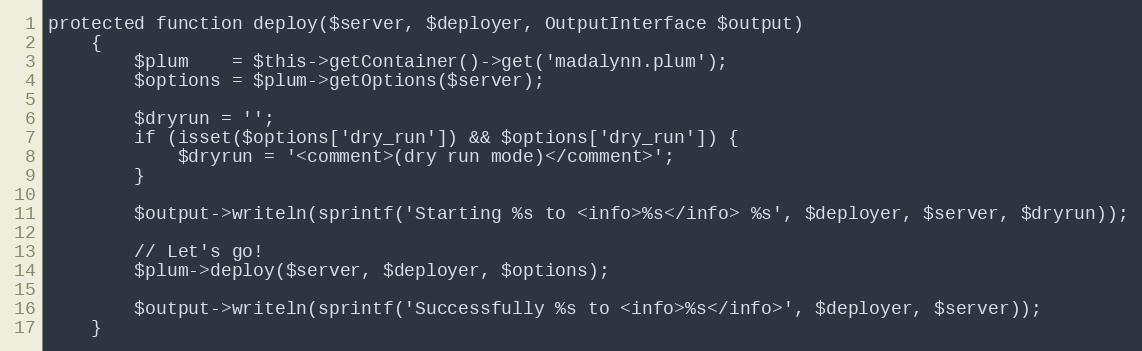
Language: PHP
protected function deploy($server, $deployer, OutputInterface $output)
    {
        $plum    = $this->getContainer()->get('madalynn.plum');
        $options = $plum->getOptions($server);

        $dryrun = '';
        if (isset($options['dry_run']) && $options['dry_run']) {
            $dryrun = '<comment>(dry run mode)</comment>';
        }

        $output->writeln(sprintf('Starting %s to <info>%s</info> %s', $deployer, $server, $dryrun));

        // Let's go!
        $plum->deploy($server, $deployer, $options);

        $output->writeln(sprintf('Successfully %s to <info>%s</info>', $deployer, $server));
    }